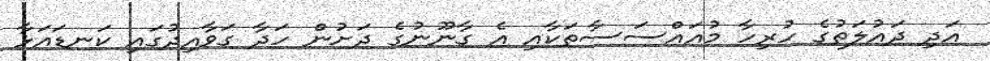
އަދި ދައުލަތުގެ ހުރިހާ މުއައްސަސާތަކާއި އެ ގާނޫނުގެ ދަށުން ހަދާ ގަވާއިދުގައި ކަނޑައަޅާ